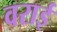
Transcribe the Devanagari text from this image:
वराई